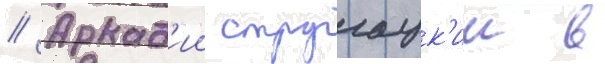
// Аркад'ии стругацк'ии в